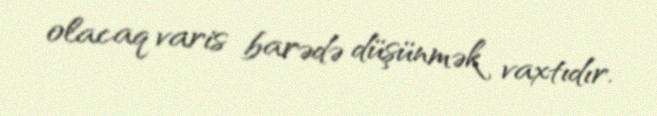
olacaq varis barədə düşünmək vaxtıdır.